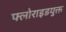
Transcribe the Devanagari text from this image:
फ्लोराइडयुक्त